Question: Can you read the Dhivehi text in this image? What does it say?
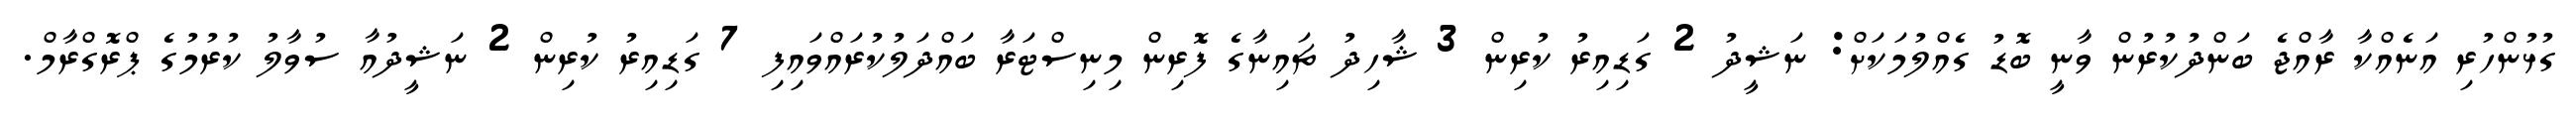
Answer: ގުޅުންހުރި އަނެއްކާ ރާއްޖެ ބަންދުކުރުން ވާނީ ބޮޑު ގެއްލުމަކަށް: ނަޝީދު 2 ގަޑިއިރު ކުރިން 3 ޝާހިދު ޗައިނާގެ ފޮރިން މިނިސްޓަރާ ބައްދަލުކުރައްވައިފި 7 ގަޑިއިރު ކުރިން 2 ނަޝީދުއާ ސުވާލު ކުރުމުގެ ޕްރޮގްރާމް.